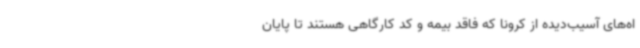
اه‌های آسیب‌دیده از کرونا که فاقد بیمه و کد کارگاهی هستند تا پایان